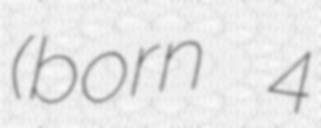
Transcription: (born 4